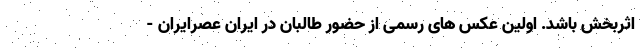
اثربخش باشد. اولین عکس های رسمی از حضور طالبان در ایران عصرایران -